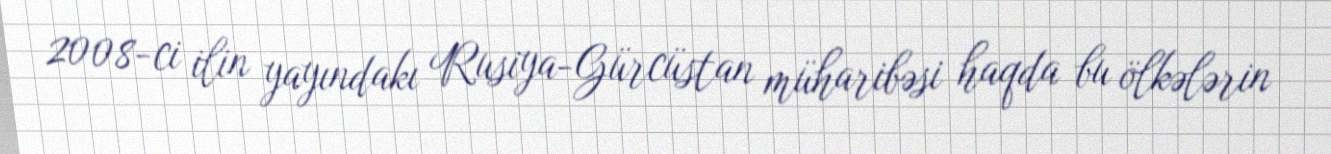
2008-ci ilin yayındakı Rusiya-Gürcüstan müharibəsi haqda bu ölkələrin